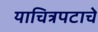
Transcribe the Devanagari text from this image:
याचित्रपटाचे